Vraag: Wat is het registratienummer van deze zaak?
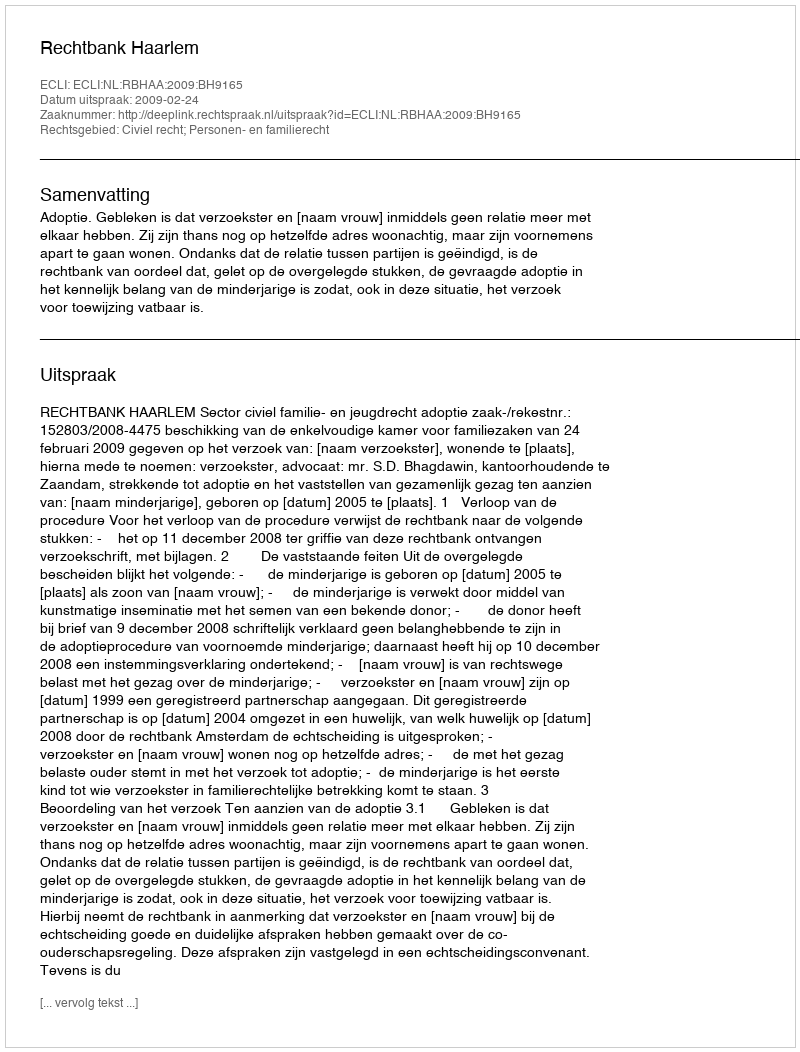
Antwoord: http://deeplink.rechtspraak.nl/uitspraak?id=ECLI:NL:RBHAA:2009:BH9165